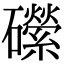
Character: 礯